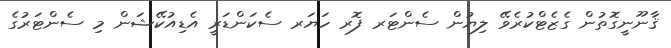
ޤާނޫނީގޮތުން ގެޒެޓްކުރެވޭ ލިޔުން ސެންޓަރ ފޮރ ހަޔަރ ސެކަންޑަރީ އެޑިއުކޭޝަން މި ސެންޓަރުގެ